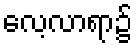
လေ့လာရာ၌